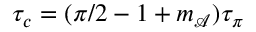
\tau _ { c } = ( \pi / 2 - 1 + m _ { \mathcal { A } } ) \tau _ { \pi }